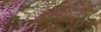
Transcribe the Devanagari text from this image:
इनोऊ